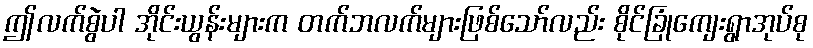
ဤလက်စွဲပါ အိုင်းယွန်းများက တက်ဘလက်များဖြစ်သော်လည်း စိုင်ခြုံကျေးရွာအုပ်စု